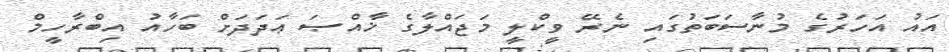
އައު އަހަރުގެ މުނާސަބަތުގައި ނެރޭ ވީކްލީ މަޖައްލާގެ ޚާއްޞަ ޢަދަދަށް ބަހާއު އިބްރާހީމް